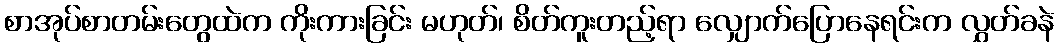
စာအုပ်စာတမ်းတွေထဲက ကိုးကားခြင်း မဟုတ်၊ စိတ်ကူးတည့်ရာ လျှောက်ပြောနေရင်းက လွှတ်ခနဲ